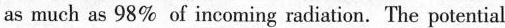
as much as 98\% of incoming radiation. The potential